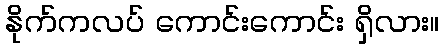
နိုက်ကလပ် ကောင်းကောင်း ရှိလား။